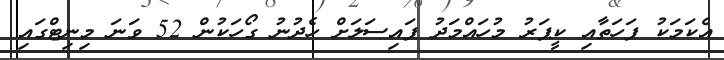
އެކަމަކު ފަހަތާއި ކީޕަރު މުހައްމަދު ފައިސަލަށް ހެދުނު ގޯހަކުން 52 ވަނަ މިނިޓްގައި